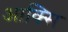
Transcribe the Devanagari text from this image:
आक्सि